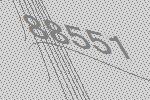
88551